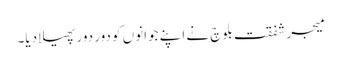
میجر شفقت بلوچ نے اپنے جوانوں کو دور دور پھیلا دیا۔